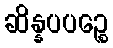
ဆိန္နပပဉ္စေ